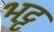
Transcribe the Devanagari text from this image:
भट्ट़